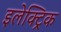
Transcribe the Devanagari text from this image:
इलेक्ट्रिक